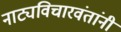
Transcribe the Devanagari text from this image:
नाट्यविचारवंतांनी